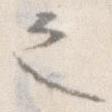
之